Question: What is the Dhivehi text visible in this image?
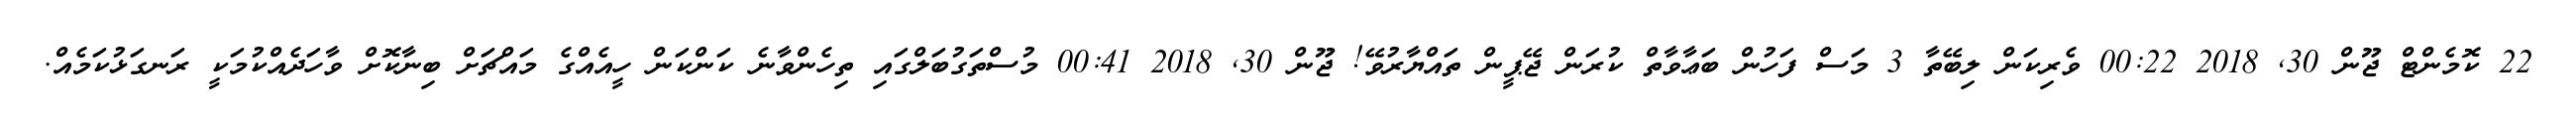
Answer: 22 ކޮމެންޓް ޖޫން 30, 2018 00:22 ވެރިކަން ލިބޭތާ 3 މަސް ފަހުން ބަޢާވާތް ކުރަން ޖޭޕީން ތައްޔާރުވޭ! ޖޫން 30, 2018 00:41 މުސްތަގުބަލްގައި ތިހެންވާނެ ކަންކަން ހީއެއްގެ މައްޗަށް ބިނާކޮށް ވާހަދެއްކުމަކީ ރަނގަޅުކަމެއް.